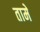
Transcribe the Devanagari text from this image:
तामे